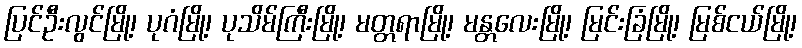
ပြင်ဦးလွင်မြို့၊ ပုဂံမြို့၊ ပုသိမ်ကြီးမြို့၊ မတ္တရာမြို့၊ မန္တလေးမြို့၊ မြင်းခြံမြို့၊ မြစ်ငယ်မြို့၊